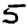
Digit: 5